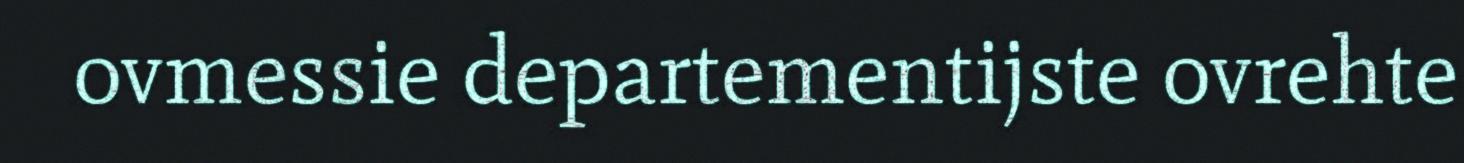
ovmessie departementijste ovrehte